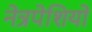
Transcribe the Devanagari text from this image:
नेत्रपेशियों